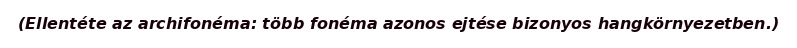
(Ellentéte az archifonéma: több fonéma azonos ejtése bizonyos hangkörnyezetben.)